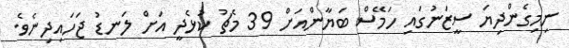
ނިމިގެންދިޔަ ސީޒަނުގައި ހަމޭސް ބަޔާންއަށް 39 މެޗު ކުޅެދީ އަށް ލަނޑު ޖަހައިދިނެވެ.